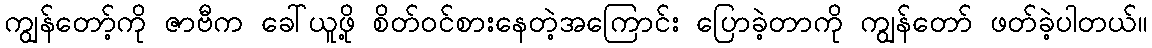
ကျွန်တော့်ကို ဇာဗီက ခေါ်ယူဖို့ စိတ်ဝင်စားနေတဲ့အကြောင်း ပြောခဲ့တာကို ကျွန်တော် ဖတ်ခဲ့ပါတယ်။